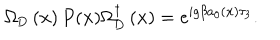
\Omega _ { \mathrm { D } } \left( { \bf x } \right) P ( { \bf x } ) \Omega _ { \mathrm { D } } ^ { \dagger } \left( { \bf x } \right) = e ^ { i g \beta a _ { 0 } \left( { \bf x } \right) \tau _ { 3 } } .